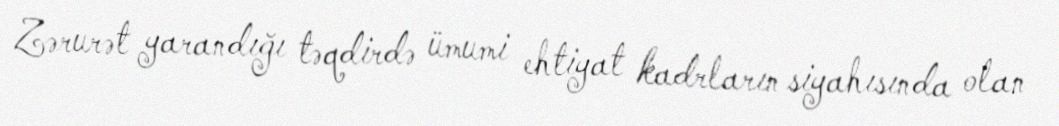
Zərurət yarandığı təqdirdə ümumi ehtiyat kadrların siyahısında olan